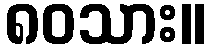
၈၀သား။